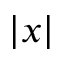
| x |